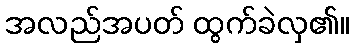
အလည်အပတ် ထွက်ခဲလှ၏။